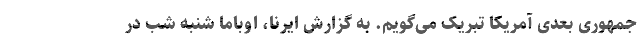
جمهوری بعدی آمریکا تبریک می‌گویم. به گزارش ایرنا، اوباما شنبه شب در